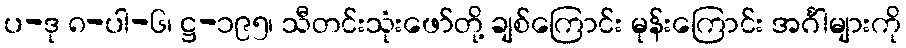
ပ-ဒု ၈-ပါ-၆၊ ဋ္ဌ-၁၉၅၊ သီတင်းသုံးဖော်တို့ ချစ်ကြောင်း မုန်းကြောင်း အင်္ဂါများကို